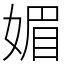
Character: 媚